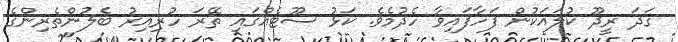
ގަދަ ރީދޫ ކުލައަކުން ފަހާފައިވާ ހެދުމެވެ. ކަޅު ސޫޓެއްގައި ތޭރަ ހުރިއިރު ބެލުންތެރިންގެ